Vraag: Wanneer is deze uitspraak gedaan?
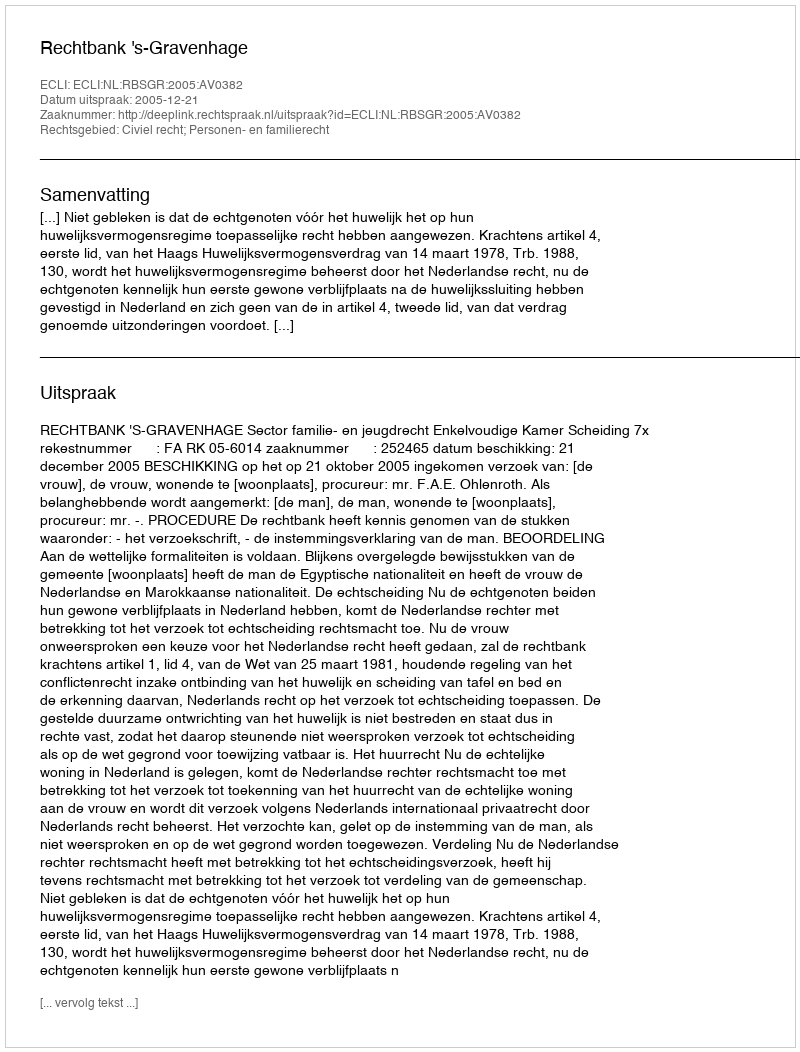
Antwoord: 2005-12-21